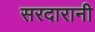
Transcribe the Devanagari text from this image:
सरदारानी